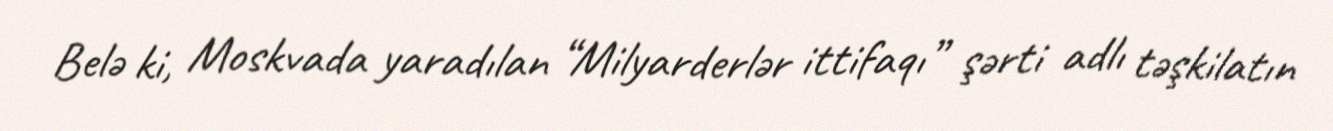
Belə ki, Moskvada yaradılan “Milyarderlər ittifaqı” şərti adlı təşkilatın